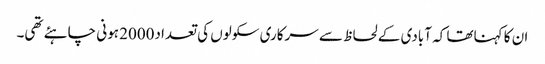
ان کا کہناتھا کہ آبادی کے لحاظ سے سرکاری سکولوں کی تعداد2000 ہونی چاہئے تھی۔